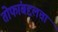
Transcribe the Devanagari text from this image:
तोफांबद्दलचा